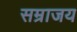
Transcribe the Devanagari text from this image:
सम्राजय